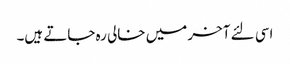
اسی لئے آخر میں خالی رہ جاتے ہیں۔